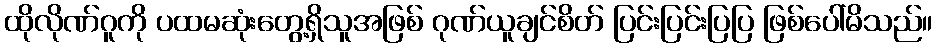
ထိုလိုဏ်ဂူကို ပထမဆုံးတွေ့ရှိသူအဖြစ် ဂုဏ်ယူချင်စိတ် ပြင်းပြင်းပြပြ ဖြစ်ပေါ်မိသည်။